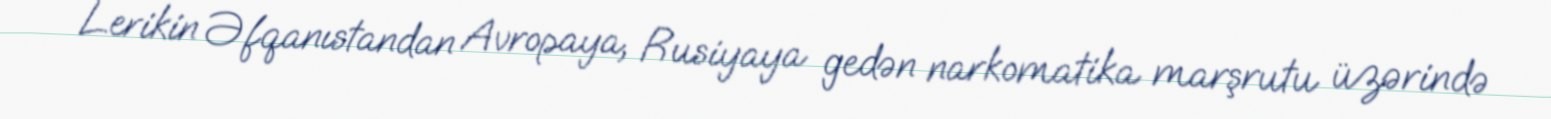
Lerikin Əfqanıstandan Avropaya, Rusiyaya gedən narkomatika marşrutu üzərində